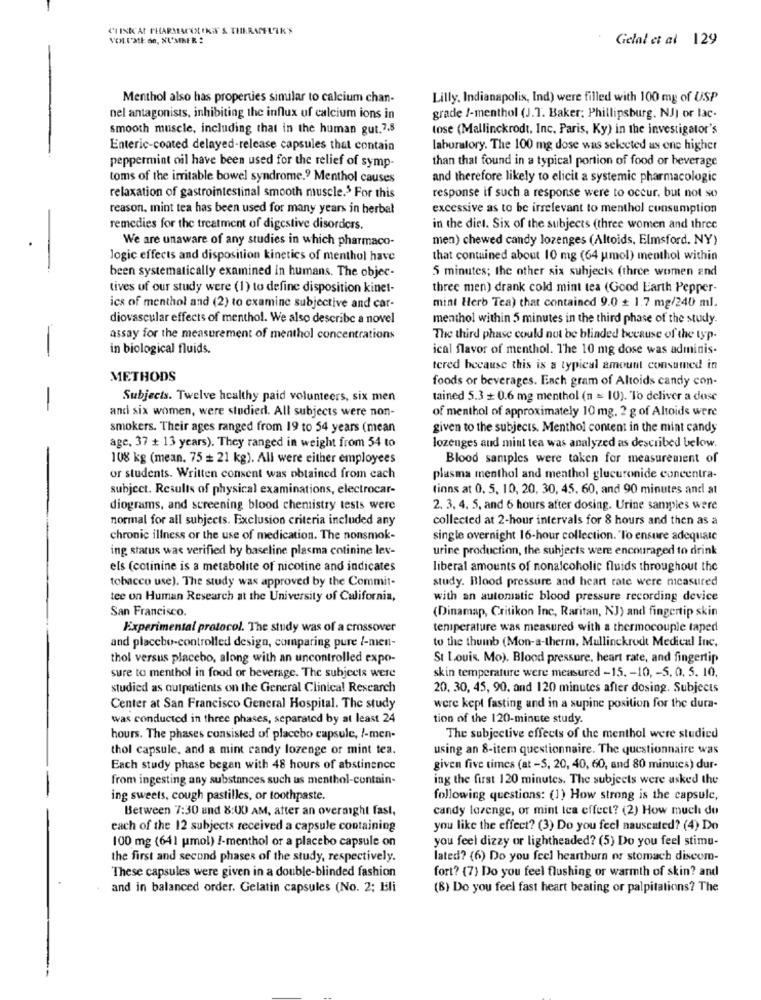
CHINK'AL PHARMACOLEKIN & THERAMELTK'S
Gelal et al 129
Menthol also has properties similar to calcium chan-
Lilly, Indianapolis, Ind) were filled with 100 mg of USP
nel antagonists, inhibiting the influx of calcium ions in
grade /-menthol (J.T. Baker: Phillipsburg. NJ) or lac-
smooth muscle, including that in the human gut.7.8
tose (Mallinckrodt, Inc. Paris, Ky) in the investigator's
Enteric-coated delayed-release capsules that contain
laboratory. The 100 mg dose was selected as one higher
than that found in a typical portion of food or beverage
peppermint oil have been used for the relief of symp-
toms of the irritable bowel syndrome.9 Menthol causes
and therefore likely to elicit a systemic pharmacologic
relaxation of gastrointestinal smooth muscle.3 For this
response if such a response were to occur, but not so
reason, mint tea has been used for many years in herbal
excessive as to be irrelevant to menthol consumption
remedies for the treatment of digestive disorders.
in the diet. Six of the subjects (three women and three
We are unaware of any studies in which pharmaco-
men) chewed candy lozenges (Altoids, Elmsford. NY)
Jogic effects and disposition kinetics of menthol have
that contained about 10 mg (64 umol) menthol within
been systematically examined in humans. The objec-
5 minutes; the other six subjects (three women and
tives of our study were (1) to define disposition kinet-
three men) drank cold mint tea (Good Earth Pepper-
mint Herb Tea) that contained 9.0 + 1.7 mg/240 ml.
ics of menthol and (2) to examine subjective and car-
diovascular effects of menthol. We also describe a novel
menthol within 5 minutes in the third phase of the study.
assay for the measurement of menthol concentrations
The third phase could not be blinded because of the typ-
-
in biological fluids.
ical flavor of menthol. The 10 mg dose was adminis-
tered because this is a typical amount consumed in
METHODS
foods or beverages. Each gram of Altoids candy con-
-
Subjects. Twelve healthy paid volunteers, six men
tained 5.3 + 0.6 mg menthol (n = 10). To deliver a dose
and six women, were studied. All subjects were non-
of menthol of approximately 10 mg. 2 g of Altoids were
smokers. Their ages ranged from 19 to 54 years (mean
given to the subjects. Menthol content in the mint candy
age, 37 + 13 years). They ranged in weight from 54 to
lozenges and mint tea was analyzed as described below.
108 kg (mean. 75 = 21 kg). All were either employees
Blood samples were taken for measurement of
or students. Written consent was obtained from cach
plasma menthol and menthol glucuronide concentra-
subject. Results of physical examinations, electrocar-
finns at 0, 5, 10, 20, 30, 45. 60, and 90 minutes and at
diograms, and screening blood chemistry tests were
2. 3. 4. 5, and 6 hours after dosing. Urine samples were
normal for all subjects. Exclusion criteria included any
collected at 2-hour intervals for 8 hours and then as a
chronic illness or the use of medication. The nonsmok-
single overnight 16-hour collection. To ensure adequate
ing status was verified by baseline plasma cotinine lev-
urine production, the subjects were encouraged to drink
els (cotinine is a metabolite of nicotine and indicates
liberal amounts of nonalcoholic fluids throughout the
tobacco use). The study was approved by the Commit-
study. Blood pressure and heart rate were measured
tee on Human Research at the University of California,
with an automatic blood pressure recording device
San Francisco.
(Dinamap, Critikon Inc, Raritan, NJ) and fingertip skin
Experimental protocol. The study was of a crossover
temperature was measured with a thermocouple taped
to the thumb (Mon-a-therm, Mullinckrodt Medical Inc,
and placebo-controlled design, comparing pure /-men-
thol versus placebo, along with an uncontrolled expo-
St Louis, Mo). Blood pressure, heart rate, and fingertip
sure to menthol in food or beverage. The subjects were
skin temperature were measured -15. - 10, - 5, 0. 5. 10.
studied as outpatients on the General Clinical Research
20, 30, 45, 90, and 120 minutes after dosing. Subjects
Center at San Francisco General Hospital. The study
were kept fasting and in a supine position for the dura-
was conducted in three phases, separated by at least 24
tion of the 120-minute study.
hours. The phases consisted of placebo capsule, /-men-
The subjective effects of the menthol were studied
thol capsule, and a mint candy lozenge or mint tea.
using an 8-item questionnaire. The questionnaire was
Each study phase began with 48 hours of abstinence
given five times (at -S, 20, 40, 60, and 80 minutes) dur-
from ingesting any substances such us menthol-contain-
ing the first 120 minutes. The subjects were asked the
ing sweets, cough pastilles, or toothpaste.
following questions: (1) How strong is the capsule,
Between 7:30 and 8:00 AM, after an overnight fast,
candy lozenge, or mint tea effect? (2) How much de
each of the 12 subjects received a capsule containing
you like the effect? (3) Do you feel nauseated? (4) Do
100 mg (641 pmol) !- menthol or a placebo capsule on
you feel dizzy or lightheaded? (5) Do you feel stimu-
the first and second phases of the study, respectively.
lated? (6) Do you feel heartburn or stomach discom-
These capsules were given in a double-blinded fashion
fort? (7) Do you feel flushing or warmth of skin? and
and in balanced order. Gelatin capsules (No. 2; Bili
(B) Do you feel fast heart beating or palpitations? The